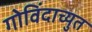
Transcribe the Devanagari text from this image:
गोविंदाच्युत